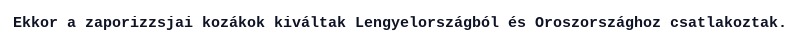
Ekkor a zaporizzsjai kozákok kiváltak Lengyelországból és Oroszországhoz csatlakoztak.